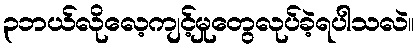
၃ဘယ်လိုလေ့ကျင့်မှုတွေလုပ်ခဲ့ရပါသလဲ။